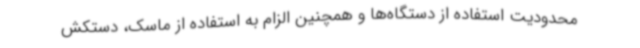
محدودیت استفاده از دستگاه‌ها و همچنین الزام به استفاده از ماسک، دستکش